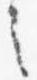
言